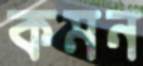
কমন